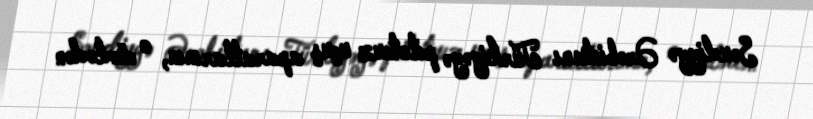
Səudiyyə Ərəbistanı Türkiyəyə pilotsuz uçuş aparatlarının, o cümlədən